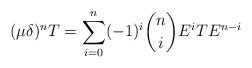
LaTeX: \begin{align*} (\mu\delta)^nT &= \sum_{i=0}^n (-1)^i\binom{n}{i} E^i TE^{n-i}\end{align*}